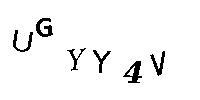
UGYY4V